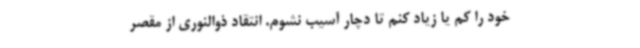
خود را کم یا زیاد کنم تا دچار آسیب نشوم. انتقاد ذوالنوری از مقصر